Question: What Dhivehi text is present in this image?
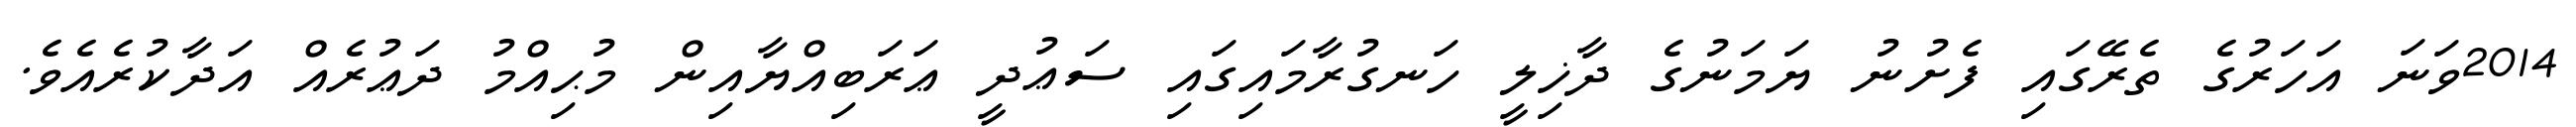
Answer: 2014ވަނަ އަހަރުގެ ތެރޭގައި ފެށުނު ޔަމަނުގެ ދާޚިލީ ހަނގުރާމައިގައި ސަޢުދީ ޢަރަބިއްޔާއިން މުޙިއްމު ދަޢުރެއް އަދާކުރެއެވެ.